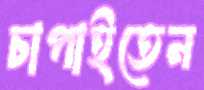
চাপাইতেন